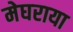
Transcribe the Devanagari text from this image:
मेघराया